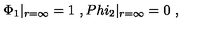
\Phi _ { 1 } | _ { r = \infty } = 1 \ , P h i _ { 2 } | _ { r = \infty } = 0 \ ,